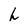
Character: h